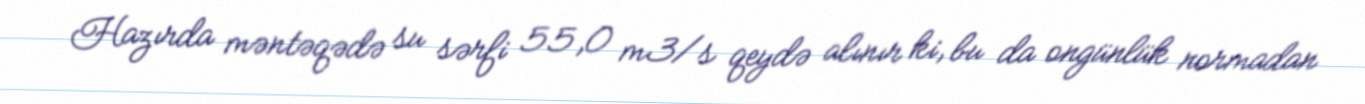
Hazırda məntəqədə su sərfi 55,0 m3/s qeydə alınır ki, bu da ongünlük normadan